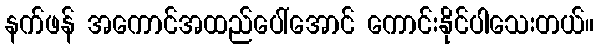
နက်ဖန် အကောင်အထည်ပေါ်အောင် ကောင်းနိုင်ပါသေးတယ်။